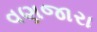
વણજારા